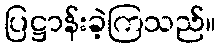
ပြဋ္ဌာန်းခဲ့ကြသည်။